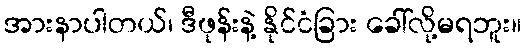
အားနာပါတယ်၊ ဒီဖုန်းနဲ့ နိုင်ငံခြား ခေါ်လို့မရဘူး။